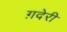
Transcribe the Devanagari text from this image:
ग़देरी